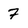
Character: 7